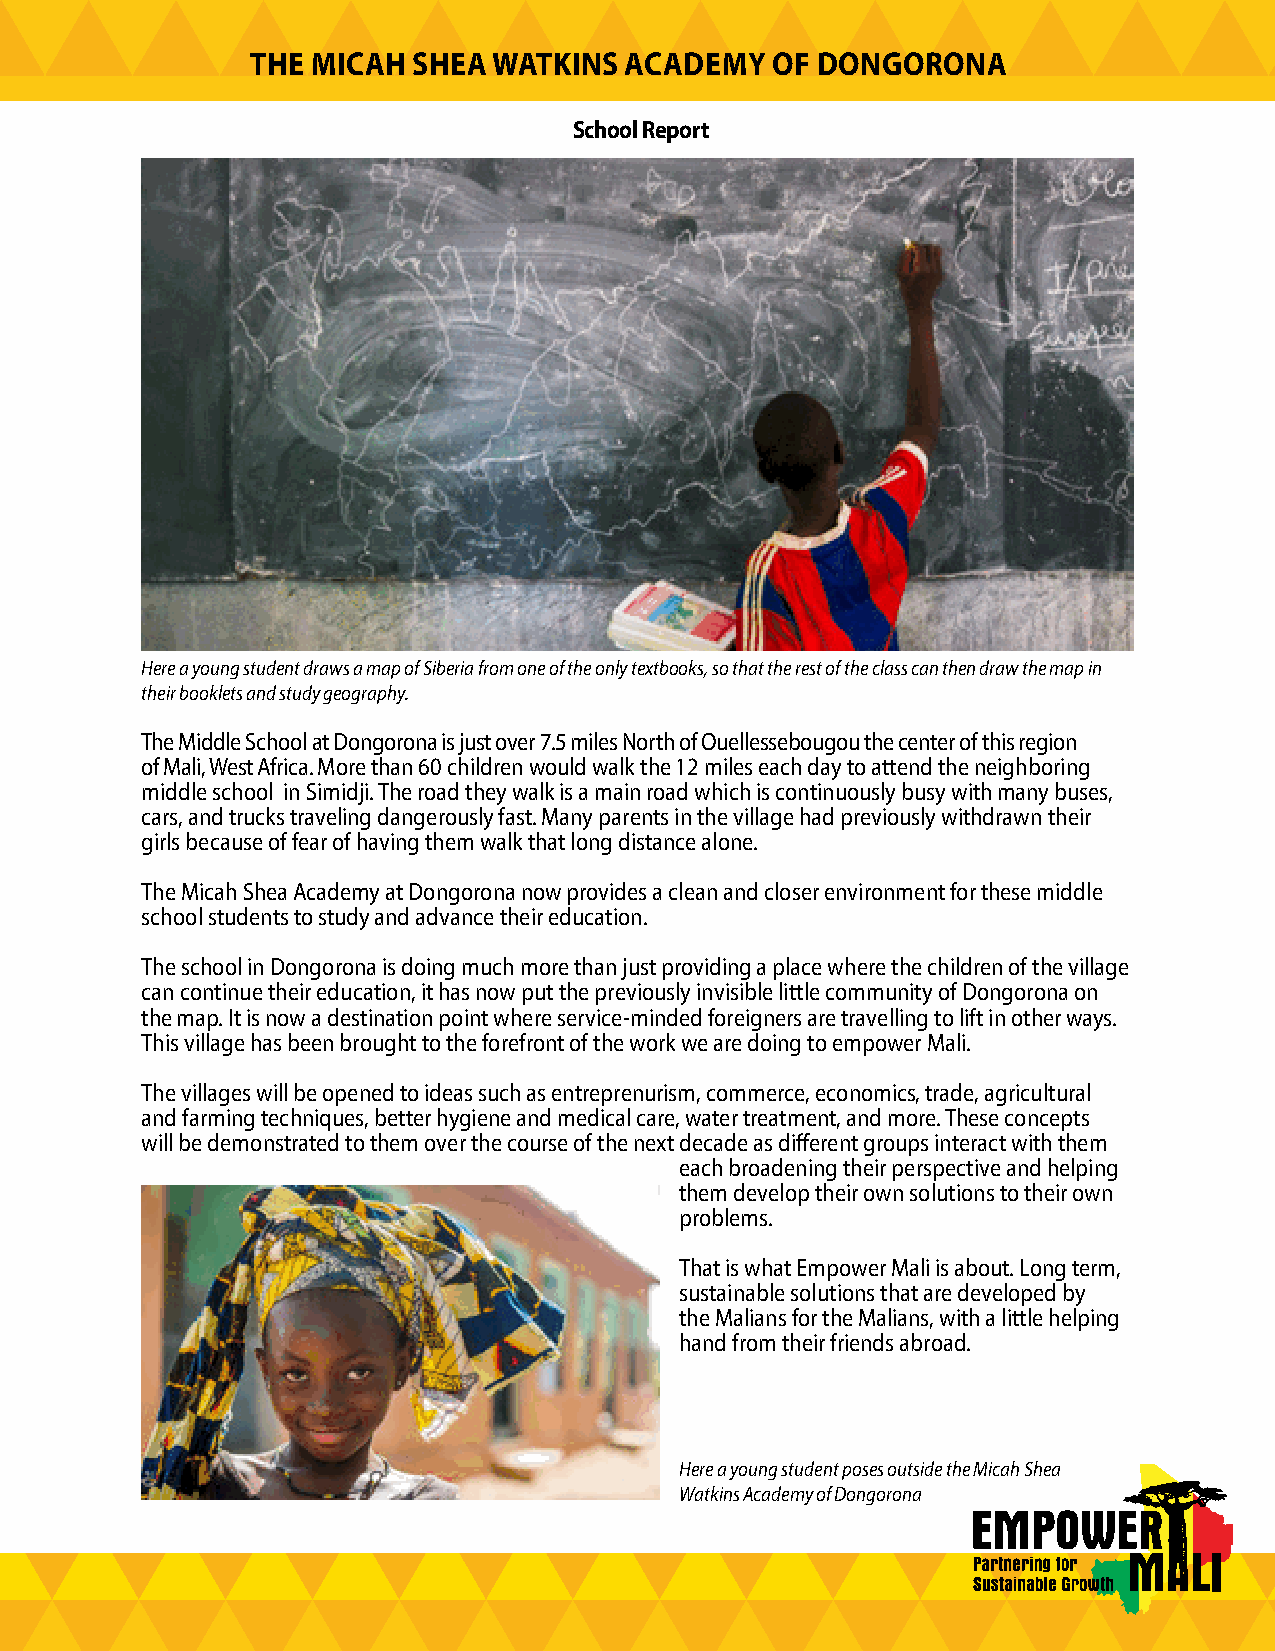
THE MICAH SHEA  WATKINS ACADEMY   OF DONGORONA
 School Report
 Here a young student draws a map of Siberia from one of the only textbooks, so that the rest of the class can then draw the map in
 their booklets and study geography.
 The Middle School at Dongorona is just over 7.5 miles North of Ouellessebougou the center of this region
 of Mali, West Africa. More than 60 children would walk the 12 miles each day to attend the neighboring
 middle school in Simidji. The road they walk is a main road which is continuously busy with many buses,
 cars, and trucks traveling dangerously fast. Many parents in the village had previously withdrawn their
 girls because of fear of having them walk that long distance alone.
 The Micah Shea Academy at Dongorona now provides a clean and closer environment for these middle
 school students to study and advance their education.
 The school in Dongorona is doing much more than just providing a place where the children of the village
 can continue their education, it has now put the previously invisible little community of Dongorona on
 the map. It is now a destination point where service-minded foreigners are travelling to lift in other ways.
 This village has been brought to the forefront of the work we are doing to empower Mali.
 The villages will be opened to ideas such as entreprenurism, commerce, economics, trade, agricultural
 and farming techniques, better hygiene and medical care, water treatment, and more. These concepts
 will be demonstrated to them over the course of the next decade as diff erent groups interact with them
 each broadening their perspective and helping
 them develop their own solutions to their own
 problems.
 That is what Empower Mali is about. Long term,
 sustainable solutions that are developed by
 the Malians for the Malians, with a little helping
 hand from their friends abroad.
 Here a young student poses outside the Micah Shea
 Watkins Academy of Dongorona